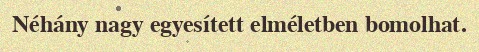
Néhány nagy egyesített elméletben bomolhat.